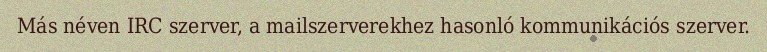
Más néven IRC szerver, a mailszerverekhez hasonló kommunikációs szerver.